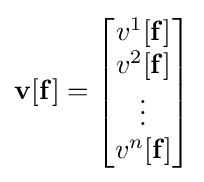
\mathbf {v} [\mathbf {f} ]={\begin{bmatrix}v^{1}[\mathbf {f} ]\\v^{2}[\mathbf {f} ]\\\vdots \\v^{n}[\mathbf {f} ]\end{bmatrix}}